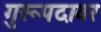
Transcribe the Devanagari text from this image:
गुरूपदावर